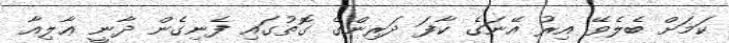
ކަމަށް ބެލެވޭ އިރު އޭނަގެ ކާފަ ދަރިންގެ ގޮތުގައި ފެނިގެން ދާނީ ޢާލިއާ